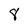
Character: 8